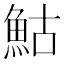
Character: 鮕